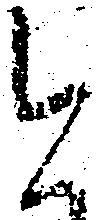
今